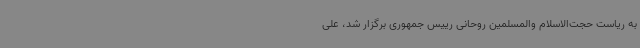
به ریاست حجت‌الاسلام والمسلمین روحانی رییس جمهوری برگزار شد، علی‌